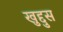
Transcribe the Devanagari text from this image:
खुद्दुस